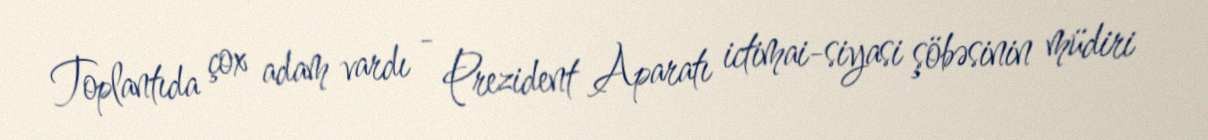
Toplantıda çox adam vardı - Prezident Aparatı ictimai-siyasi şöbəsinin müdiri